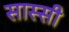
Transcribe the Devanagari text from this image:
सास्सी